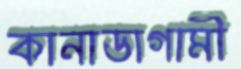
কানাডাগামী